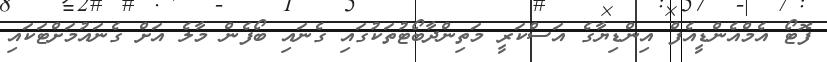
ފޮޓޯ އެމްއެންޑީއެފް އިންޑިޔާގެ އަސްކަރީ މަތިންދާބޯޓުތަކުގައި ގެނައި ބޯފެން މާލެ އަށް ގެނައުމަށްޓަކައި